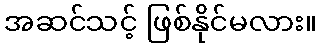
အဆင်သင့် ဖြစ်နိုင်မလား။